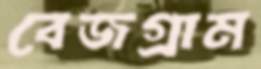
বেজগ্রাম